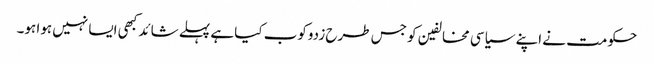
حکومت نے اپنے سیاسی مخالفین کو جس طرح زدوکوب کیا ہے پہلے شائد کبھی ایسا نہیں ہوا ہو۔